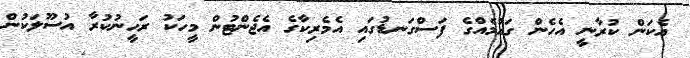
އެކަން ކުރާނީ އެހެން ގައުމެއްގެ ފަސްގަނޑުގައި އެމެރިކާގެ އެޖެންޓުން މީހަކު ރަހީނުކުރާ އުސޫލަކުން